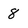
Character: 8